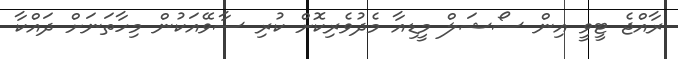
ރާއްޖެ ޓީވީ އިން ސޯޝަލް މީޑިއާ މެދުވެރިކޮށް ކުރި ސާވޭއަކުން މިހާތަނަށް ދައްކާ